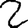
Digit: 2